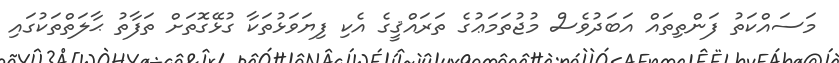
މަސައްކަތު ފަންތިތައް އަބަދުވެސް މުޖުތަމަޢުގެ ތަރައްޤީގެ އެކި ފިޔަވަޅުތަކާ ގުޅޭގޮތަށް ތަފާތު ޙާލަތްތަކުގައި